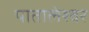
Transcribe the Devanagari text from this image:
पातालेश्‍वर